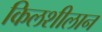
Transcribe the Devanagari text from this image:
किलशीलान